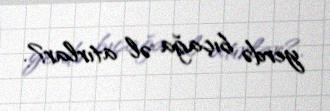
yerdə bıçağa əl atırlar?.